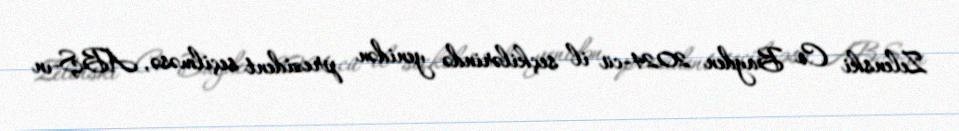
Zelenski Co Bayden 2024-cü il seçkilərində yenidən prezident seçilməsə, ABŞ-ın